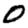
Digit: 0